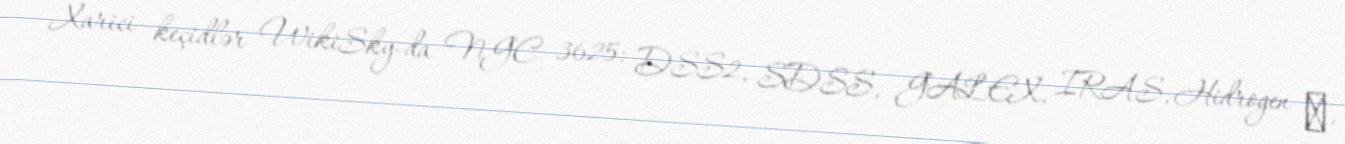
Xarici keçidlər WikiSky-da NGC 3625: DSS2, SDSS, GALEX, IRAS, Hidrogen α,